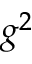
g ^ { 2 }